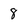
Character: 8